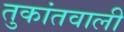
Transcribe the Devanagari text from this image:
तुकांतवाली